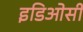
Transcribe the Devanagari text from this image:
इडिओसी